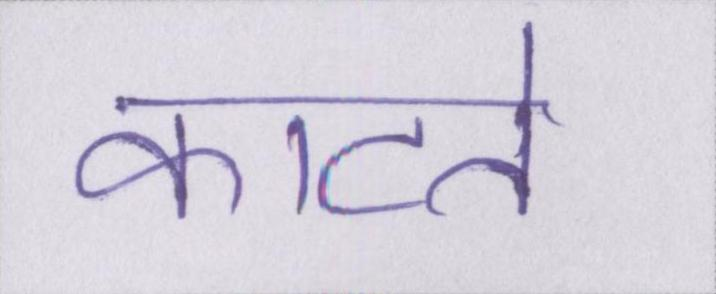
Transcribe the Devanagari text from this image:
काटते